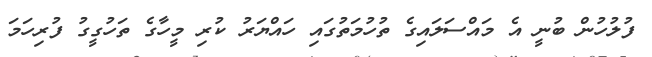
ފުލުހުން ބުނީ އެ މައްސަލައިގެ ތުހުމަތުގައި ހައްޔަރު ކުރި މީހާގެ ތަހުގީގު ފުރިހަމަ